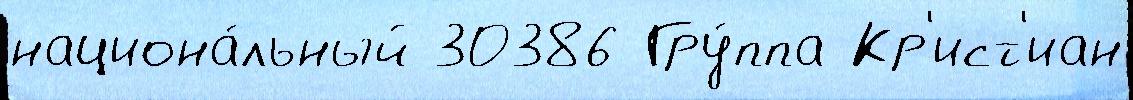
национа́льный 30386 Гру́ппа Кр'ист'иан